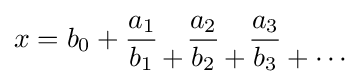
x=b_{0}+{\frac {a_{1}}{b_{1}}}{{} \atop +}{\frac {a_{2}}{b_{2}}}{{} \atop +}{\frac {a_{3}}{b_{3}}}{{} \atop \!{}+\cdots }